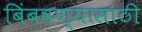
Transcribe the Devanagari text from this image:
बिंबवण्यासाठी